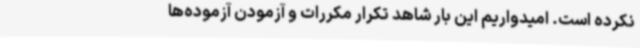
نکرده است. امیدواریم این بار شاهد تکرار مکررات و آزمودن آزموده‌ها